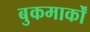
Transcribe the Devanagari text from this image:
बुकमार्कों